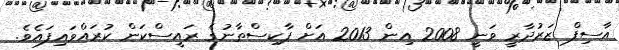
އާސިފް ޒަރުދާރީ ވަނީ 2008 އިން 2013 އަށް ޕާކިސްތާނުގެ ރައީސްކަން ކުރައްވައިފައެވެ.